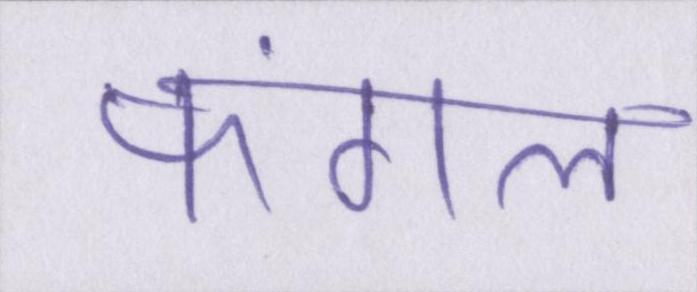
फंगल